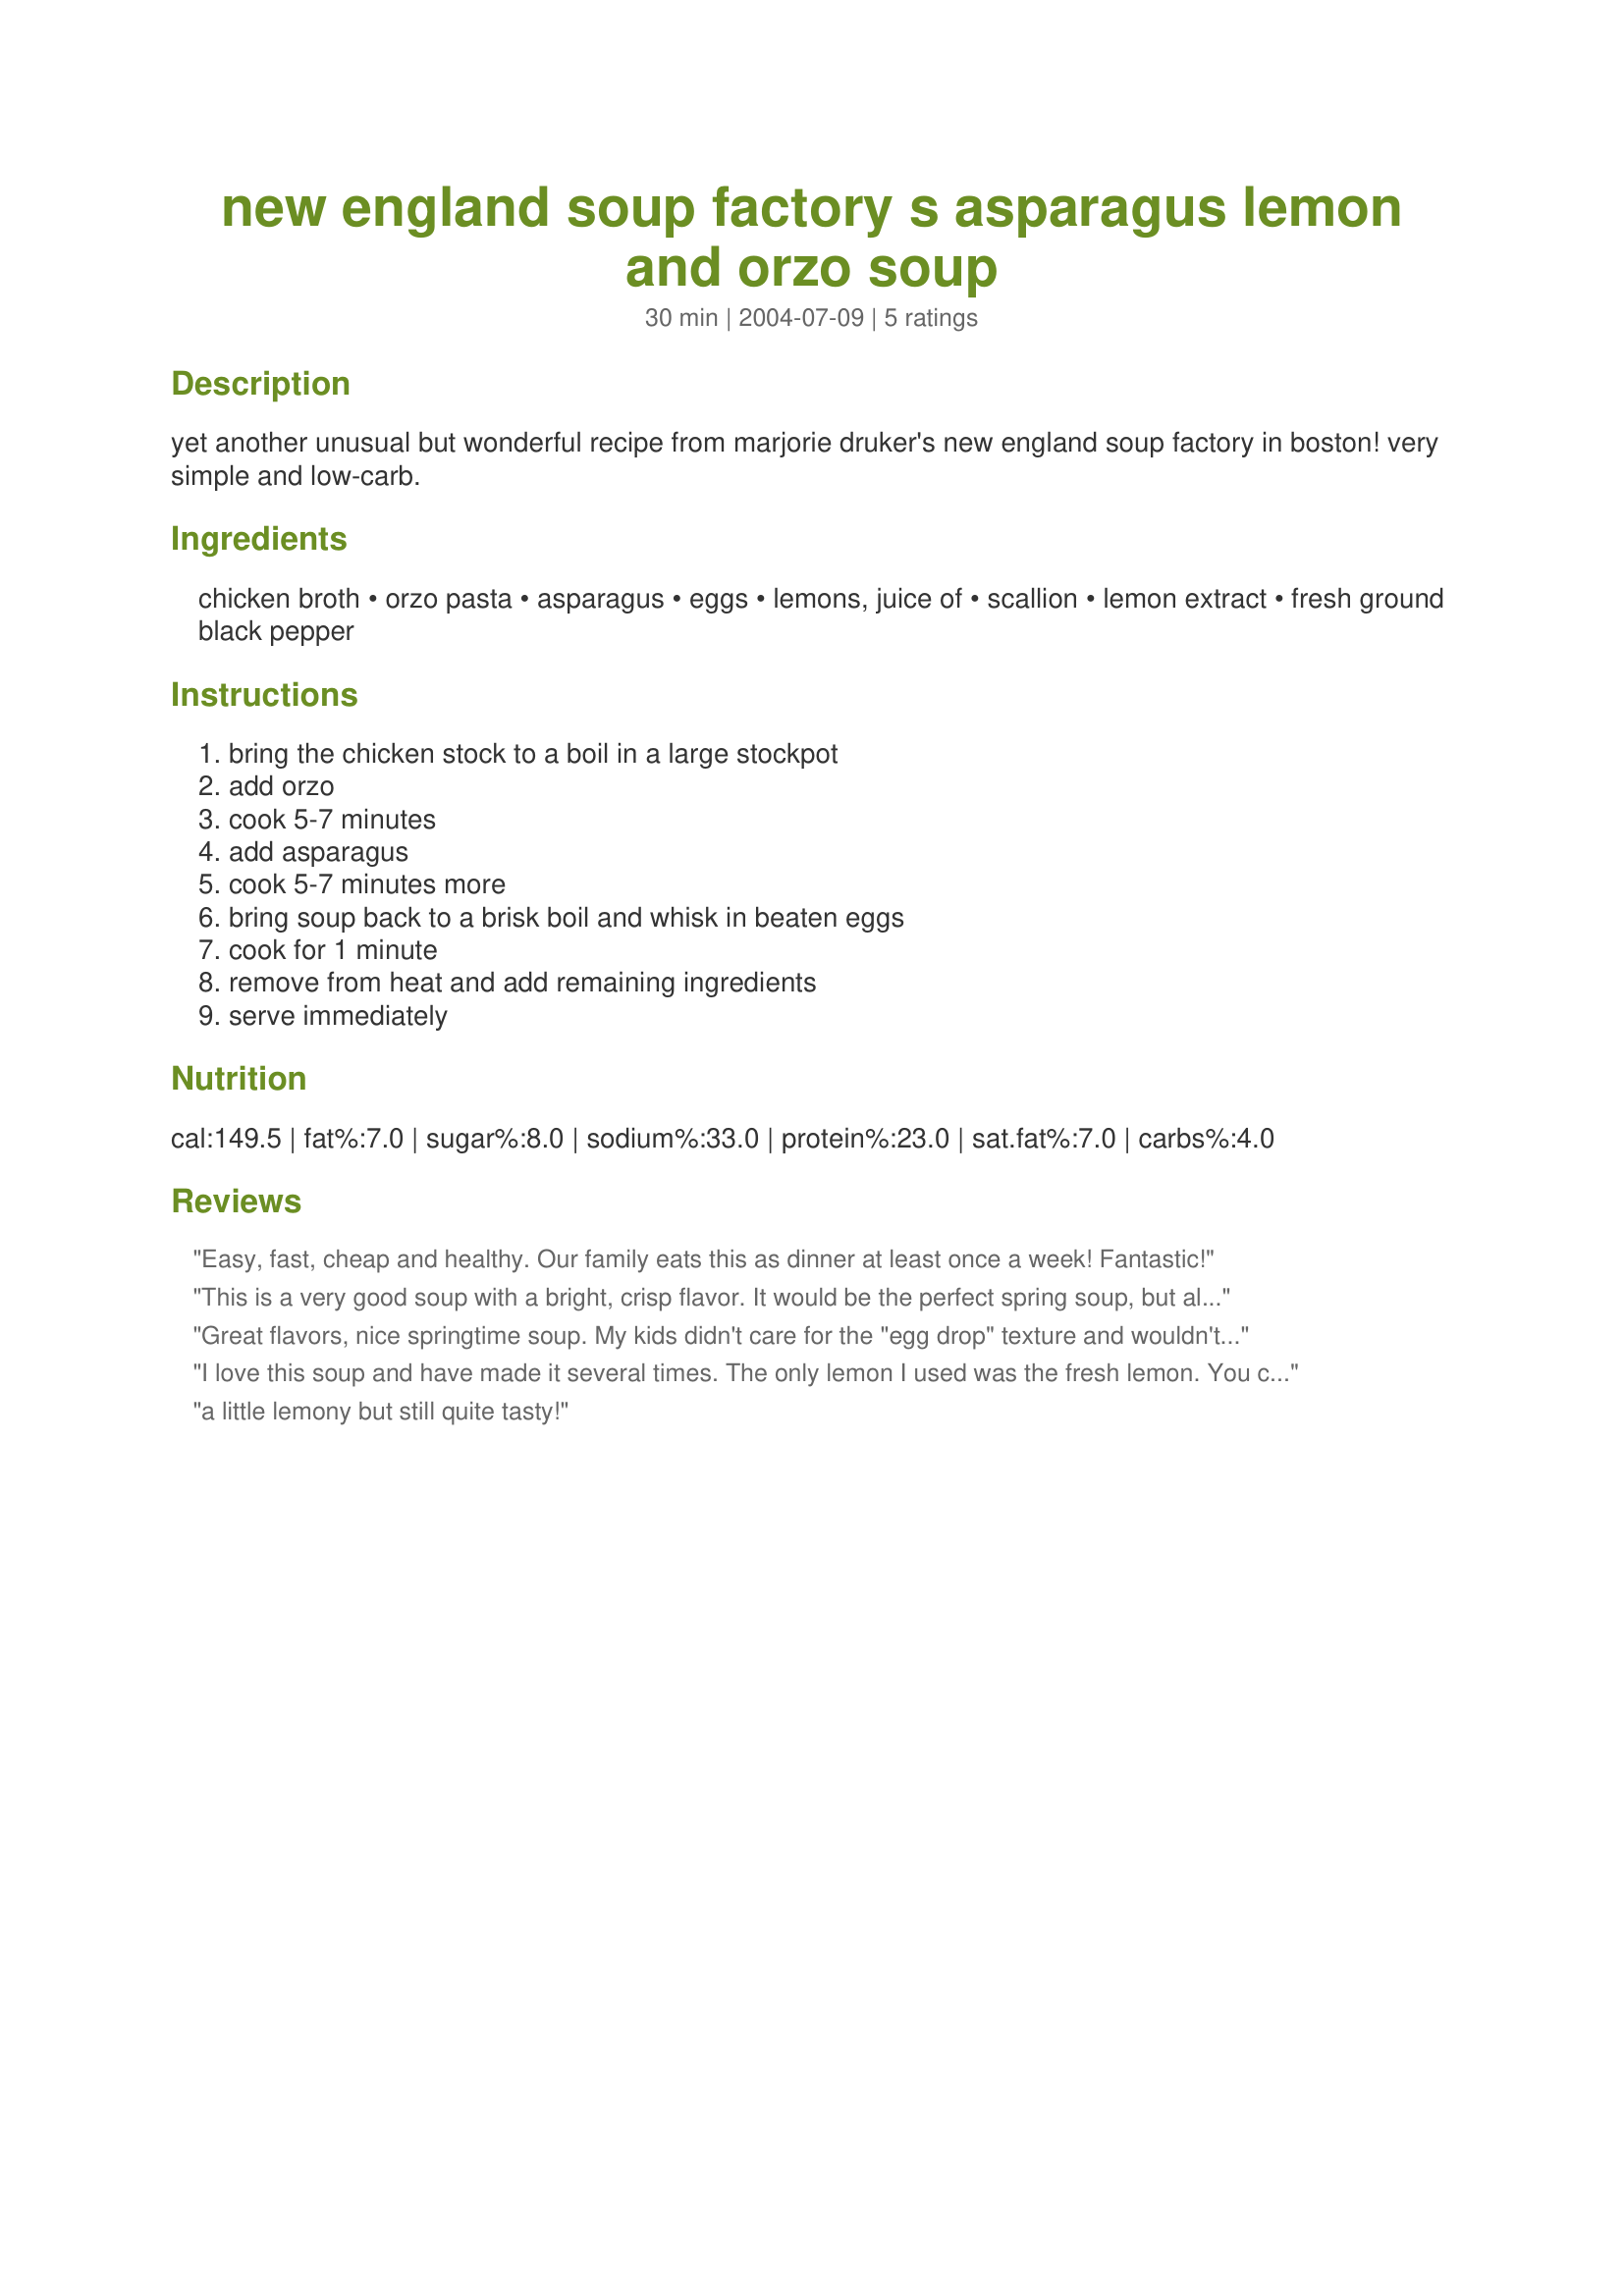
new england soup factory s asparagus lemon and orzo soup
Preparation time: 30 minutes

yet another unusual but wonderful recipe from marjorie druker's new england soup factory in boston! very simple and low-carb.

Ingredients:
chicken broth, orzo pasta, asparagus, eggs, lemons, juice of, scallion, lemon extract, fresh ground black pepper

Steps:
bring the chicken stock to a boil in a large stockpot, add orzo, cook 5-7 minutes, add asparagus, cook 5-7 minutes more, bring soup back to a brisk boil and whisk in beaten eggs, cook for 1 minute, remove from heat and add remaining ingredients, serve immediately

Reviews:
Easy, fast, cheap and healthy. Our family eats this as dinner at least once a week! Fantastic!
This is a very good soup with a bright, crisp flavor. It would be the perfect spring soup, but also add a little cheer to gray, rainy days.
Great flavors, nice springtime soup. My kids didn't care for the "egg drop" texture and wouldn't eat it. I have a ton of leftovers. The grown-ups liked it, tho!
I love this soup and have made it several times. The only lemon I used was the fresh lemon. You can&#039;t go wrong with fresh lemon juice! This is a wonderful fresh tasting soup. The egg, orzo, lemon and asparagus worked well together.
a little lemony but still quite tasty!
